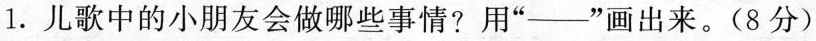
1.儿歌中的小朋友会做哪些事情？用”—”画出来。(8分)